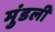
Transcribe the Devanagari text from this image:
मुंडली